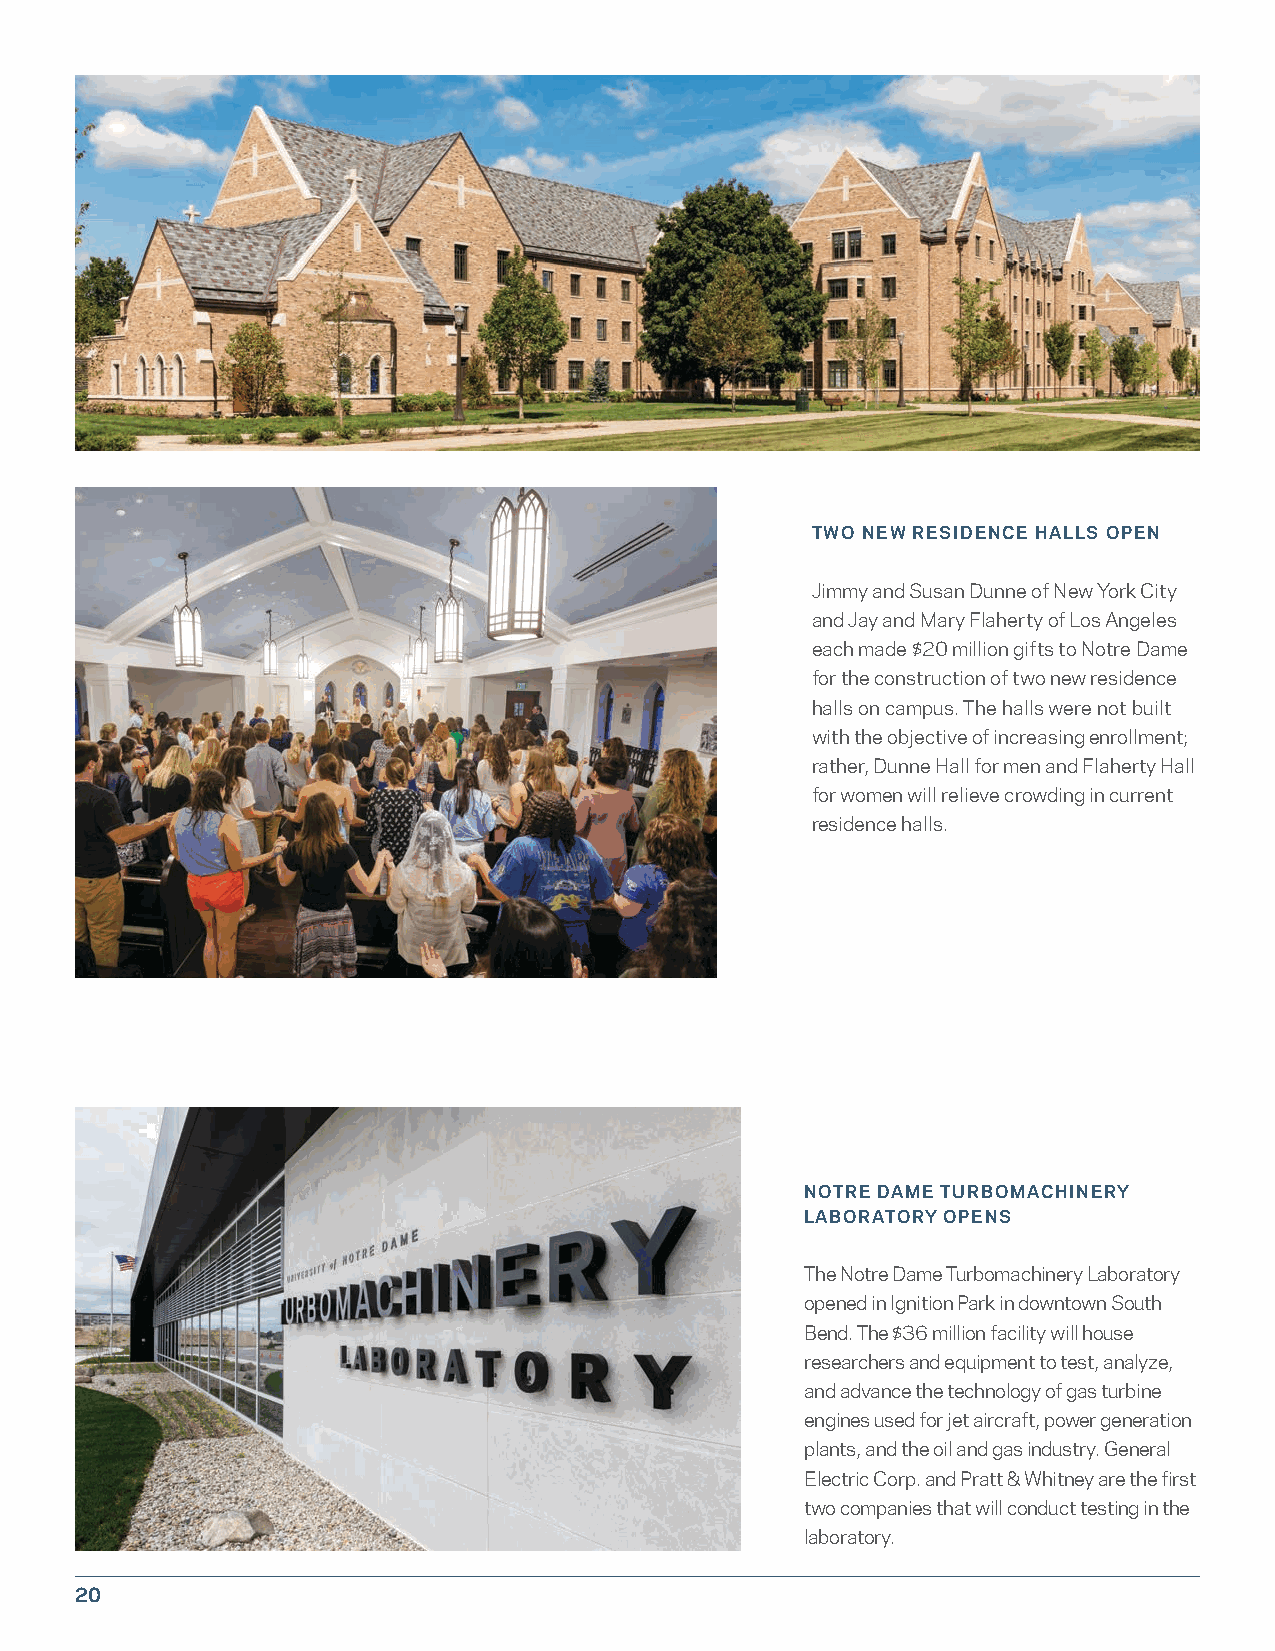
TWO NEW RESIDENCE HALLS OPEN
 Jimmy and Susan Dunne of New York City
 and Jay and Mary Flaherty of Los Angeles
 each made $20 million gifts to Notre Dame
 for the construction of two new residence
 halls on campus. The halls were not built
 with the objective of increasing enrollment;
 rather, Dunne Hall for men and Flaherty Hall
 for women will relieve crowding in current
 residence halls.
 NOTRE DAME TURBOMACHINERY
 LABORATORY OPENS
 The Notre Dame Turbomachinery Laboratory
 opened in Ignition Park in downtown South
 Bend. The $36 million facility will house
 researchers and equipment to test, analyze,
 and advance the technology of gas turbine
 engines used for jet aircraft, power generation
 plants, and the oil and gas industry. General
 Electric Corp. and Pratt & Whitney are the first
 two companies that will conduct testing in the
 laboratory.
 20